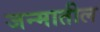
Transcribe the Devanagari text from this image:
जन्‍मातील